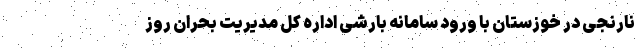
نارنجی در خوزستان با ورود سامانه بارشی اداره کل مدیریت بحران روز